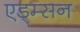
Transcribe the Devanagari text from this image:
एड्म्सन